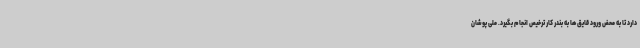
دارد تا به محض ورود قایق ها به بندر کار ترخیص انجام بگیرد. ملی پوشان